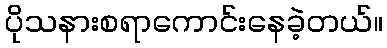
ပိုသနားစရာကောင်းနေခဲ့တယ်။